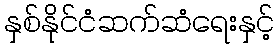
နှစ်နိုင်ငံဆက်ဆံရေးနှင့်